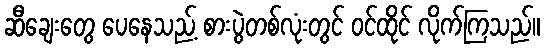
ဆီချေးတွေ ပေနေသည့် စားပွဲတစ်လုံးတွင် ဝင်ထိုင် လိုက်ကြသည်။